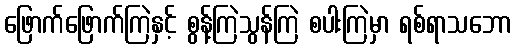
ဖြောက်ဖြောက်ကြဲနှင့် စွန့်ကြဲသွန်ကြဲ စပါးကြဲမှာ ရစ်ရာသဘော